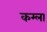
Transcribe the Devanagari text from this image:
कम्ला